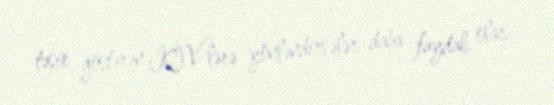
təsir göstərən KİV-lərə yönləndirsələr, daha faydalı olar.